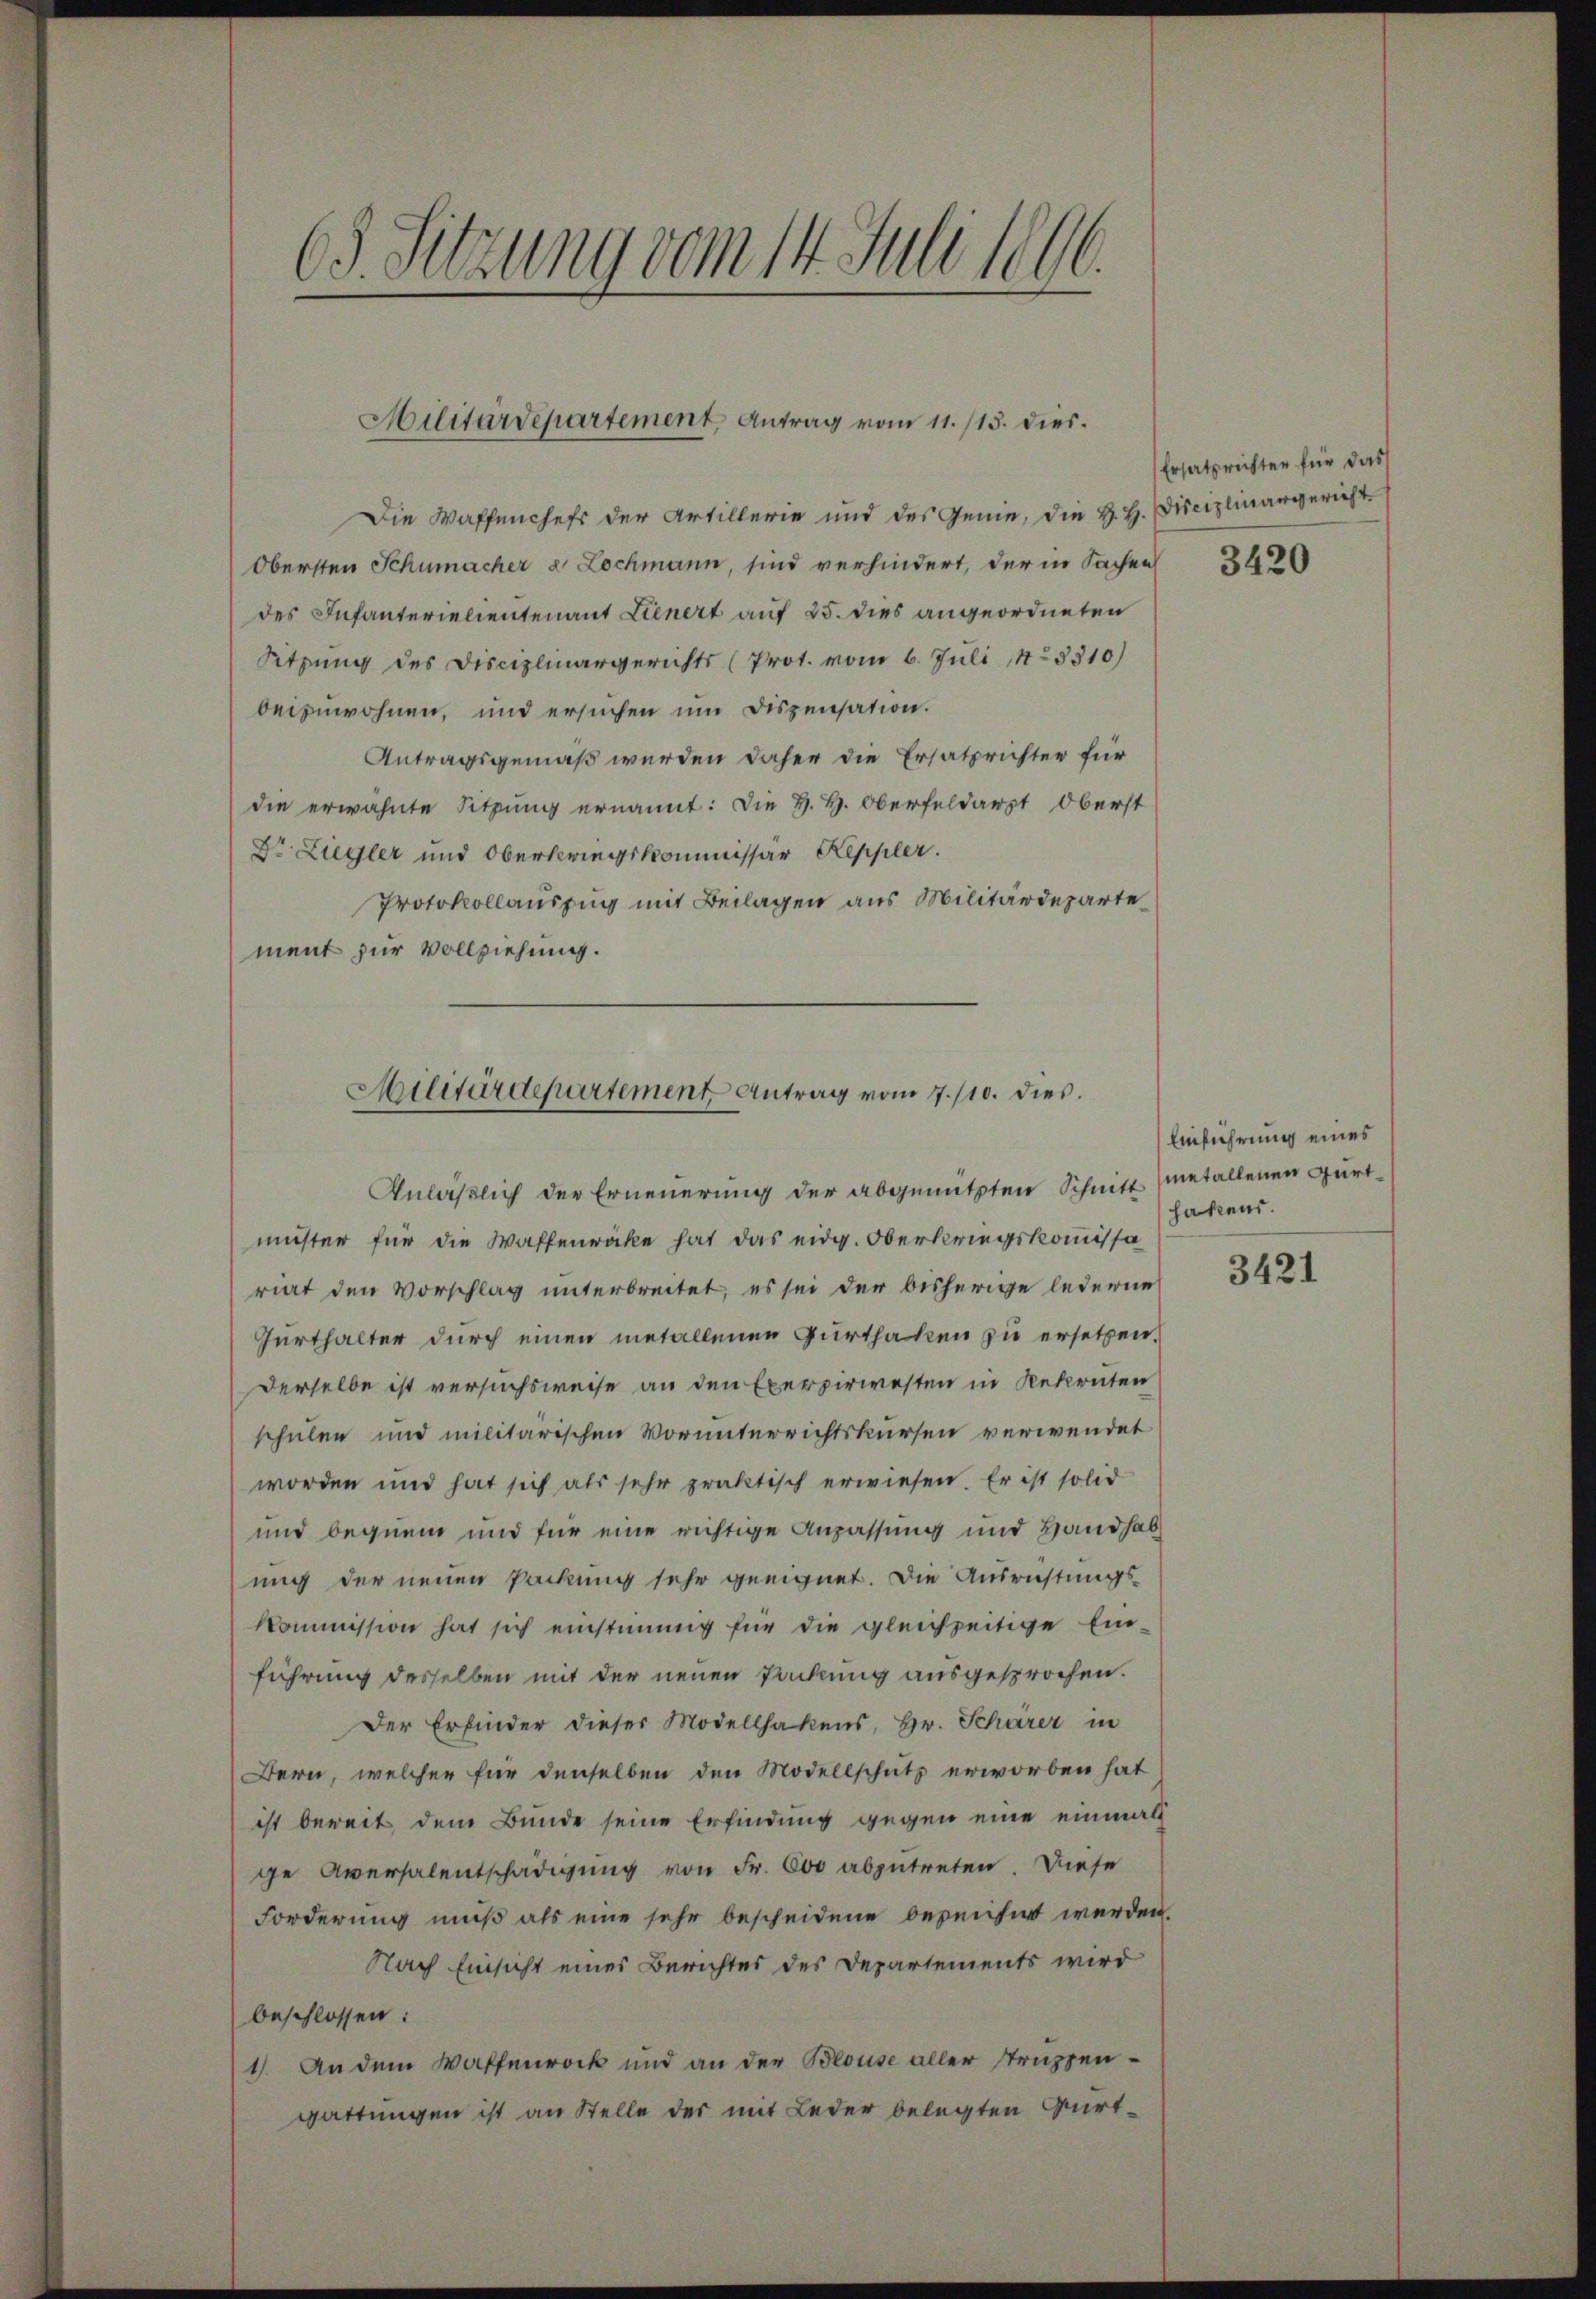
63. Sitzung vom 14. Juli 1896.

Militärdepartement, Antrag vom 11./13. dies.

Die Waffenchefs der Artillerie und des Genie, die H. H. Disciplinargericht
Obersten Schumacher 2 Lochmann, sind verhindert, der in Sachen
des Infanterielieutenant Lienert auf 25. dies angeordneten
Sitzung des Disciplinargerichts (Prot. vom 6. Juli 18310)
beizuwohnen, und ersuchen um Dispensation.
Antragsgemäß werden daher die Ersatzrichter für
die erwähnte Sitzung ernannt: Die H. H. Oberfeldarst Oberst
Dr. Liegler und Oberkriegskommissar Keppler.
Protokollauszug mit Beilagen aus Militärdeparte
ment zur Vollziehung.

Militärdepartement Antrag vom 7./10. dies
Anläßlich der Erneuerung der abgenützten Schnitt

muster für die Waffenröcke hat das eidg. Oberkriegskommissa
riat den Vorschlag unterbreitet, es sei der bisherige lederne
Gurthalter durch einen metallenen Gurthalen zu ersetzen.
Derselbe ist versuchsweise an den Exerpirwesten in Rekruten
schulen und militärischen Vorunterrichtskursen verwendet
worden und hat sich als sehr praktisch erwiesen. Er ist solid
und bequem und für eine richtige Anpassung und Handhab
ung der neuen Packung sehr geeignet. Die Ausrichtungs-
kommission hat sich einstimmig für die gleichzeitige Ein-
führung desselben mit der neuen Packung ausgesprochen.
Der Erfinder dieser Modellhakens, Hr. Schärer in
Bern, welcher für denselben den Modellschutz erworben hat
ist bereit dem Bunde seine Erfindung gegen eine einmals
ge Aversalentschädigung von Fr. 600 abzutreten. Diese
Forderung muß als eine sehr bescheidene bezeichnet werden.
Nach Einsicht eines Berichtes des Departements wird
beschlossen:
1). An dem Waffenrock und an der Beouse aller Struppen-
gattungen ist an Stelle der mit Leder belegten Gürt¬

Ersatzrichter für das

3420

Einführung eines
metallenen Gürthakens.

3421